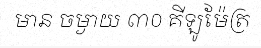
មាន ចម្ងាយ ៣០ គីឡូម៉ែត្រ